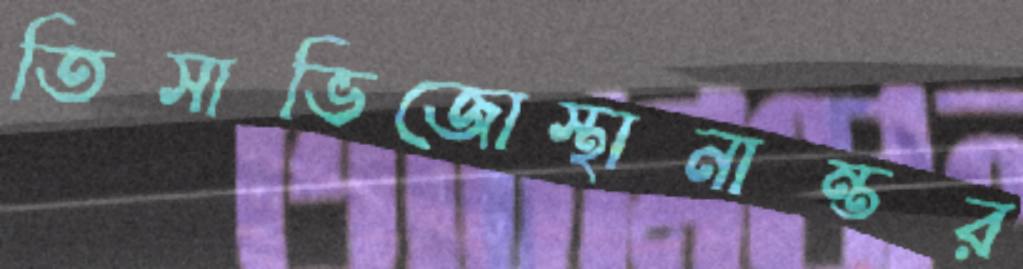
তিসাভিজোস্থানান্তর